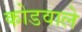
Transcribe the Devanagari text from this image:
कोडवाले